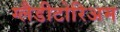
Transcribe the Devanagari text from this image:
ग्लैडीटोरिअम